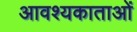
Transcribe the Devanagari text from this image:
आवश्यकाताओं